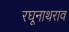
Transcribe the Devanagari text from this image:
रघूनाथराव